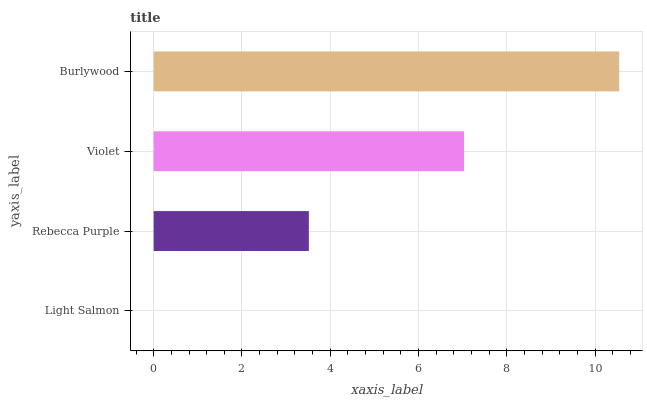
| yaxis_label | bars |
 | --- | --- |
 | Light Salmon | 0 |
 | Rebecca Purple | 3.51 |
 | Violet | 7.03 |
 | Burlywood | 10.5 |